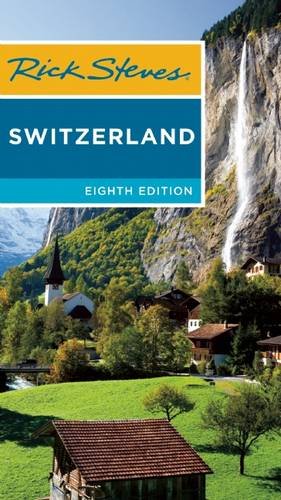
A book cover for Rick Steves Switzerland; Rick Steves; Travel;